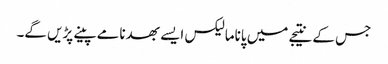
جس کے نتیجے میں پاناما لیکس ایسے بھدنامے پینے پڑیں گے۔